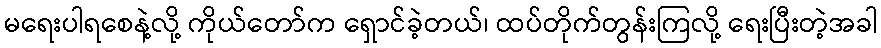
မရေးပါရစေနဲ့လို့ ကိုယ်တော်က ရှောင်ခဲ့တယ်၊ ထပ်တိုက်တွန်းကြလို့ ရေးပြီးတဲ့အခါ